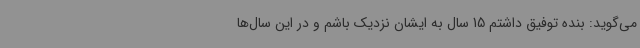
می‌گوید: بنده توفیق داشتم 15 سال به ایشان نزدیک باشم و در این سال‌ها